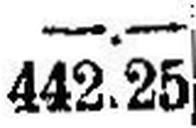
442.25